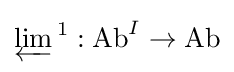
\varprojlim {}^{1}:\operatorname {Ab} ^{I}\rightarrow \operatorname {Ab}